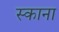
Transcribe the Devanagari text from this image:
स्काना